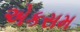
એકસમ